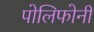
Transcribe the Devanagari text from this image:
पोलिफोनी